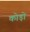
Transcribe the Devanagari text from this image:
कोड़ो